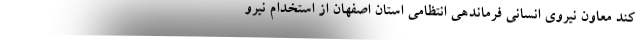
کند معاون نیروی انسانی فرماندهی انتظامی استان اصفهان از استخدام نیرو